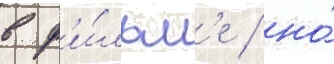
в ф'и́льм'е / но́